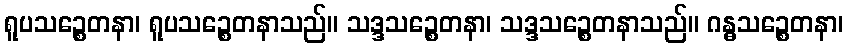
ရူပသဉ္စေတနာ၊ ရူပသဉ္စေတနာသည်။ သဒ္ဒသဉ္စေတနာ၊ သဒ္ဒသဉ္စေတနာသည်။ ဂန္ဓသဉ္စေတနာ၊